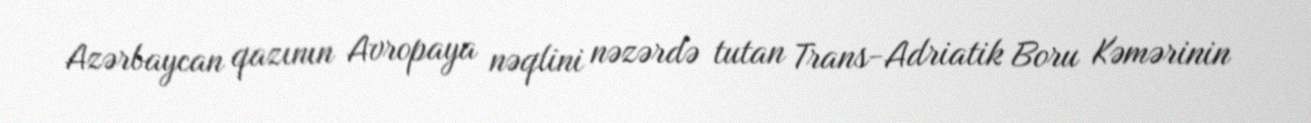
Azərbaycan qazının Avropaya nəqlini nəzərdə tutan Trans-Adriatik Boru Kəmərinin